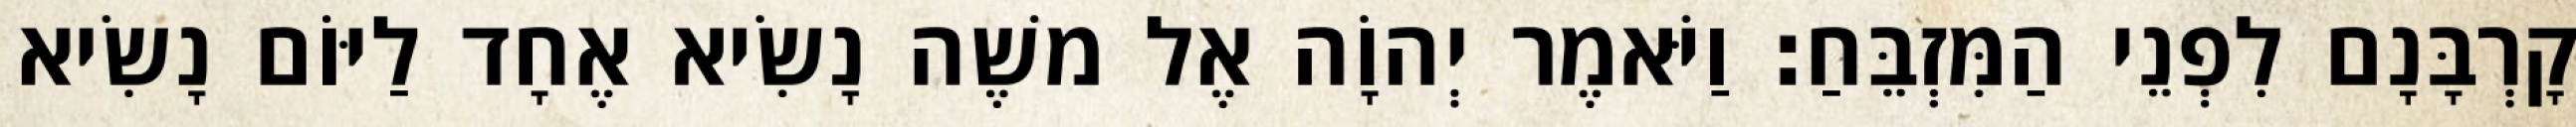
קָרְבָּנָם לִפְנֵי הַמִּזְבֵּחַ׃ וַיֹּאמֶר יְהוָֹה אֶל משֶׁה נָשִׂיא אֶחָד לַיּוֹם נָשִׂיא